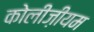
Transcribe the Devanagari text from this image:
कोलीज़ीयम